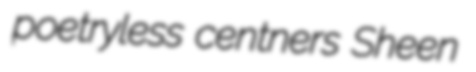
poetryless centners Sheen